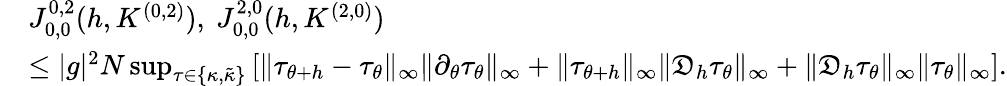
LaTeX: \begin{array}{rl}&{J_{0,0}^{0,2}(h,K^{(0,2)}),\ J_{0,0}^{2,0}(h,K^{(2,0)})}\\ &{\leq|g|^{2}N\operatorname*{sup}_{\tau\in\{ \kappa,\tilde{\kappa}\} }\left[\| \tau_{\theta+h}-\tau_{\theta}\| _{\infty}\| \partial_{\theta}\tau_{\theta}\| _{\infty}+\| \tau_{\theta+h}\| _{\infty}\| \mathfrak{D}_{h}\tau_{\theta}\| _{\infty}+\| \mathfrak{D}_{h}\tau_{\theta}\| _{\infty}\| \tau_{\theta}\| _{\infty}\right].}\end{array}